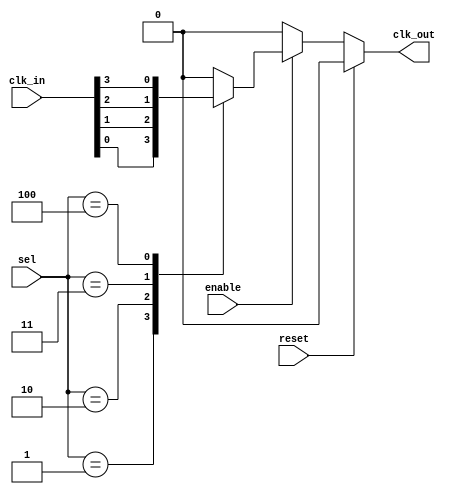
module ClockMultiplexerBuffer (
    input wire [N-1:0] clk_in,           // N clock inputs
    input wire [N-1:0] sel,               // Selection lines to choose clock input
    input wire enable,                     // Enable signal
    input wire reset,                      // Asynchronous reset signal
    output reg clk_out                     // Buffered clock output
);

parameter N = 4;                          // Number of clock inputs (adjust as necessary)

always @(*) begin
    // Default output in case of reset
    clk_out = 1'b0;

    // Asynchronous reset
    if (reset) begin
        clk_out = 1'b0;
    end else if (enable) begin
        // Clock selection logic
        case (sel)
            // Dynamically select one of the clock inputs
            1'b1: clk_out = clk_in[0];
            2'b10: clk_out = clk_in[1];
            3'b11: clk_out = clk_in[2];
            4'b100: clk_out = clk_in[3];
            default: clk_out = 1'b0; // In case of invalid selection
        endcase
    end
end

endmodule